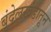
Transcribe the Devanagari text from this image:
बुंदेलखंडातून